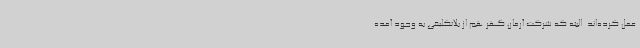
عمل کرده‌اند. البته که شرکت آرمان گهر هم از بلاتکلیفی به وجود آمده